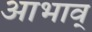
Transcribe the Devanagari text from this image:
आभाव्